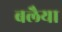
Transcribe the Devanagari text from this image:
बलैया